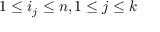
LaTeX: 1 \leq i _ { j } \leq n , 1 \leq j \leq k